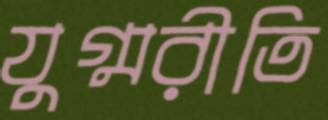
যুগ্মরীতি